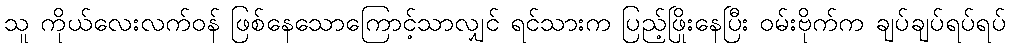
သူ ကိုယ်လေးလက်ဝန် ဖြစ်နေသောကြောင့်သာလျှင် ရင်သားက ပြည့်ဖြိုးနေပြီး ဝမ်းဗိုက်က ချပ်ချပ်ရပ်ရပ်